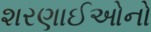
શરણાઈઓનો